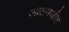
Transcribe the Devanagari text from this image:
आतमजीत